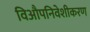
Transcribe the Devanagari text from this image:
विऔपनिवेशीकरण